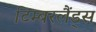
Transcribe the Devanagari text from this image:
टिम्बरलैंड्स